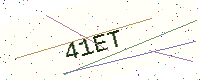
Text: 41ET